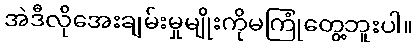
အဲဒီလိုအေးချမ်းမှုမျိုးကိုမကြုံတွေ့ဘူးပါ။